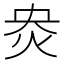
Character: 𰞄